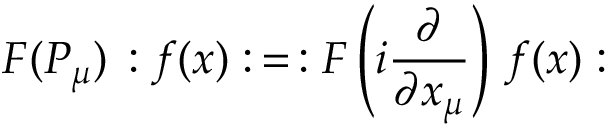
F ( P _ { \mu } ) \, : f ( x ) : \, = \, : F \left( i \frac { \partial } { \partial x _ { \mu } } \right) \, f ( x ) :